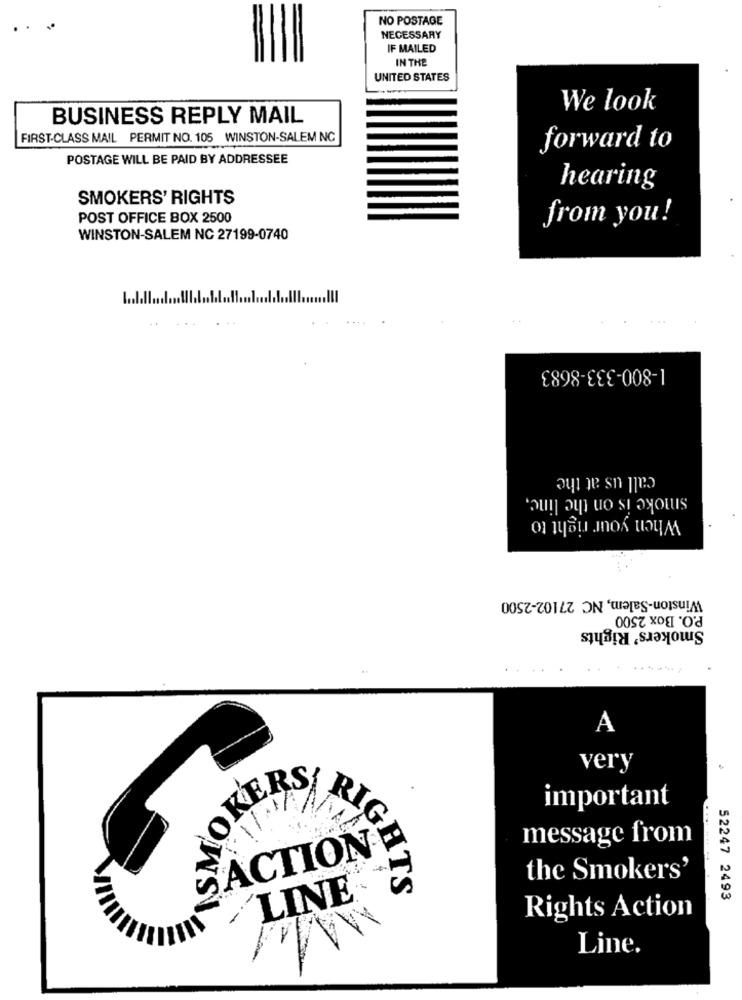
NO POSTAGE
NECESSARY
IF MAILED
IN THE
UNITED STATES
We look
BUSINESS REPLY MAIL
FIRST-CLASS MAIL PERMIT NO. 105 WINSTON-SALEM NC
forward to
POSTAGE WILL BE PAID BY ADDRESSEE
hearing
SMOKERS' RIGHTS
POST OFFICE BOX 2500
from you!
WINSTON-SALEM NC 27199-0740
1-800-333-8683
call us at the
smoke is on the line,
When your right to
Winston-Salem, NC 27102-2500
P.O. Box 2500
Smokers' Rights
A
very
important
message from
ACTION
-
the Smokers'
RIGHTS
LINE®
52247 2493
Rights Action
Line.